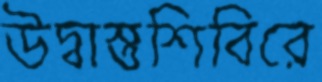
উদ্বাস্তুশিবিরে